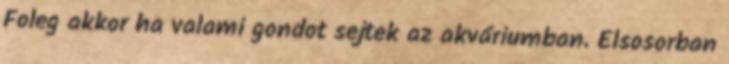
Foleg akkor ha valami gondot sejtek az akváriumban. Elsosorban